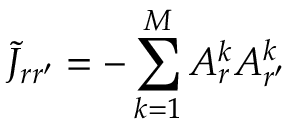
\tilde { J } _ { r r ^ { \prime } } = - \sum _ { k = 1 } ^ { M } A _ { r } ^ { k } A _ { r ^ { \prime } } ^ { k }